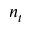
n _ { t }